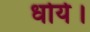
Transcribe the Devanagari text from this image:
धोये।